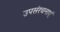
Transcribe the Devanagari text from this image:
उपसंरचनाएं